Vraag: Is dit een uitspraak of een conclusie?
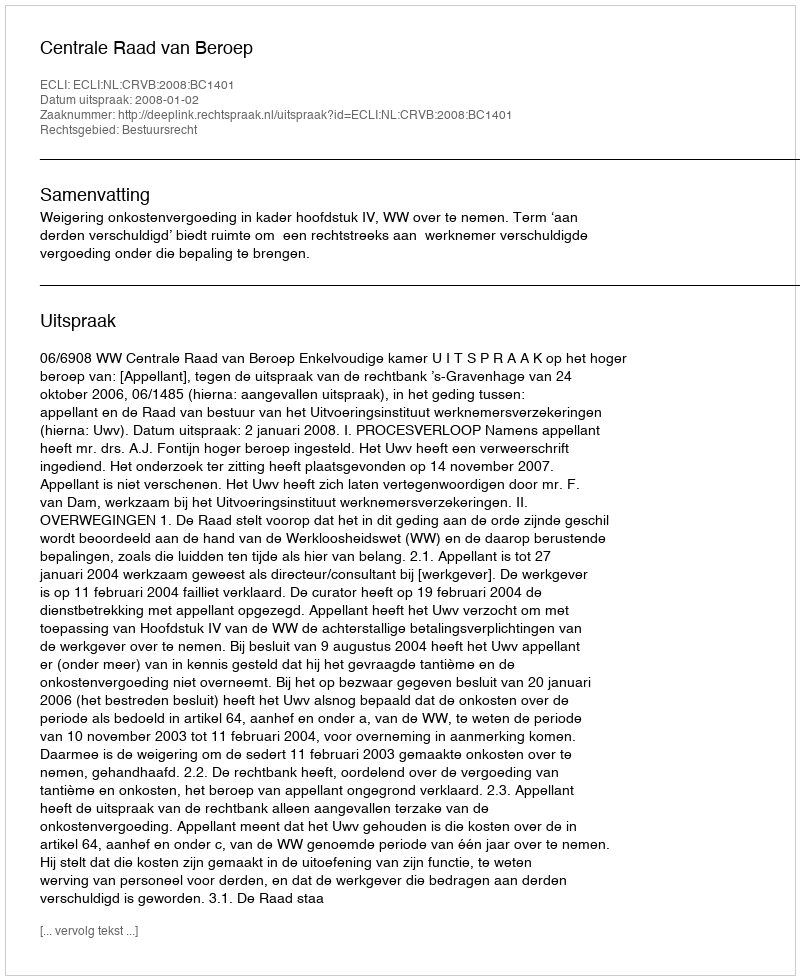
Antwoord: Uitspraak